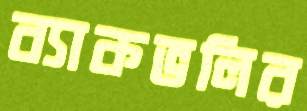
ব্যাকভলির